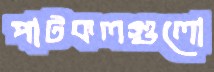
পাটকলগুলো